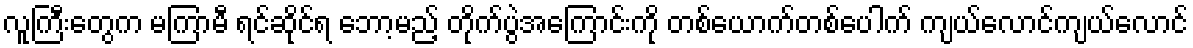
လူကြီးတွေက မကြာမီ ရင်ဆိုင်ရ ဘော့မည့် တိုက်ပွဲအကြောင်းကို တစ်ယောက်တစ်ပေါက် ကျယ်လောင်ကျယ်လောင်